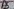
Text: A5